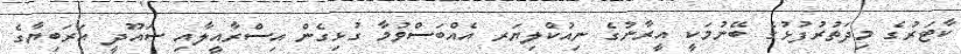
ކާޓަރުގެ މިދަތުރުފުޅުގެ ބޭނުމަކީ އީރާނުގެ ނިއުކްލިޔަރ އެއްބަސްވުމާ ގުޅިގެން އިސްރާއީލާއި ސައޫދީ އަރަބިޔާގެ